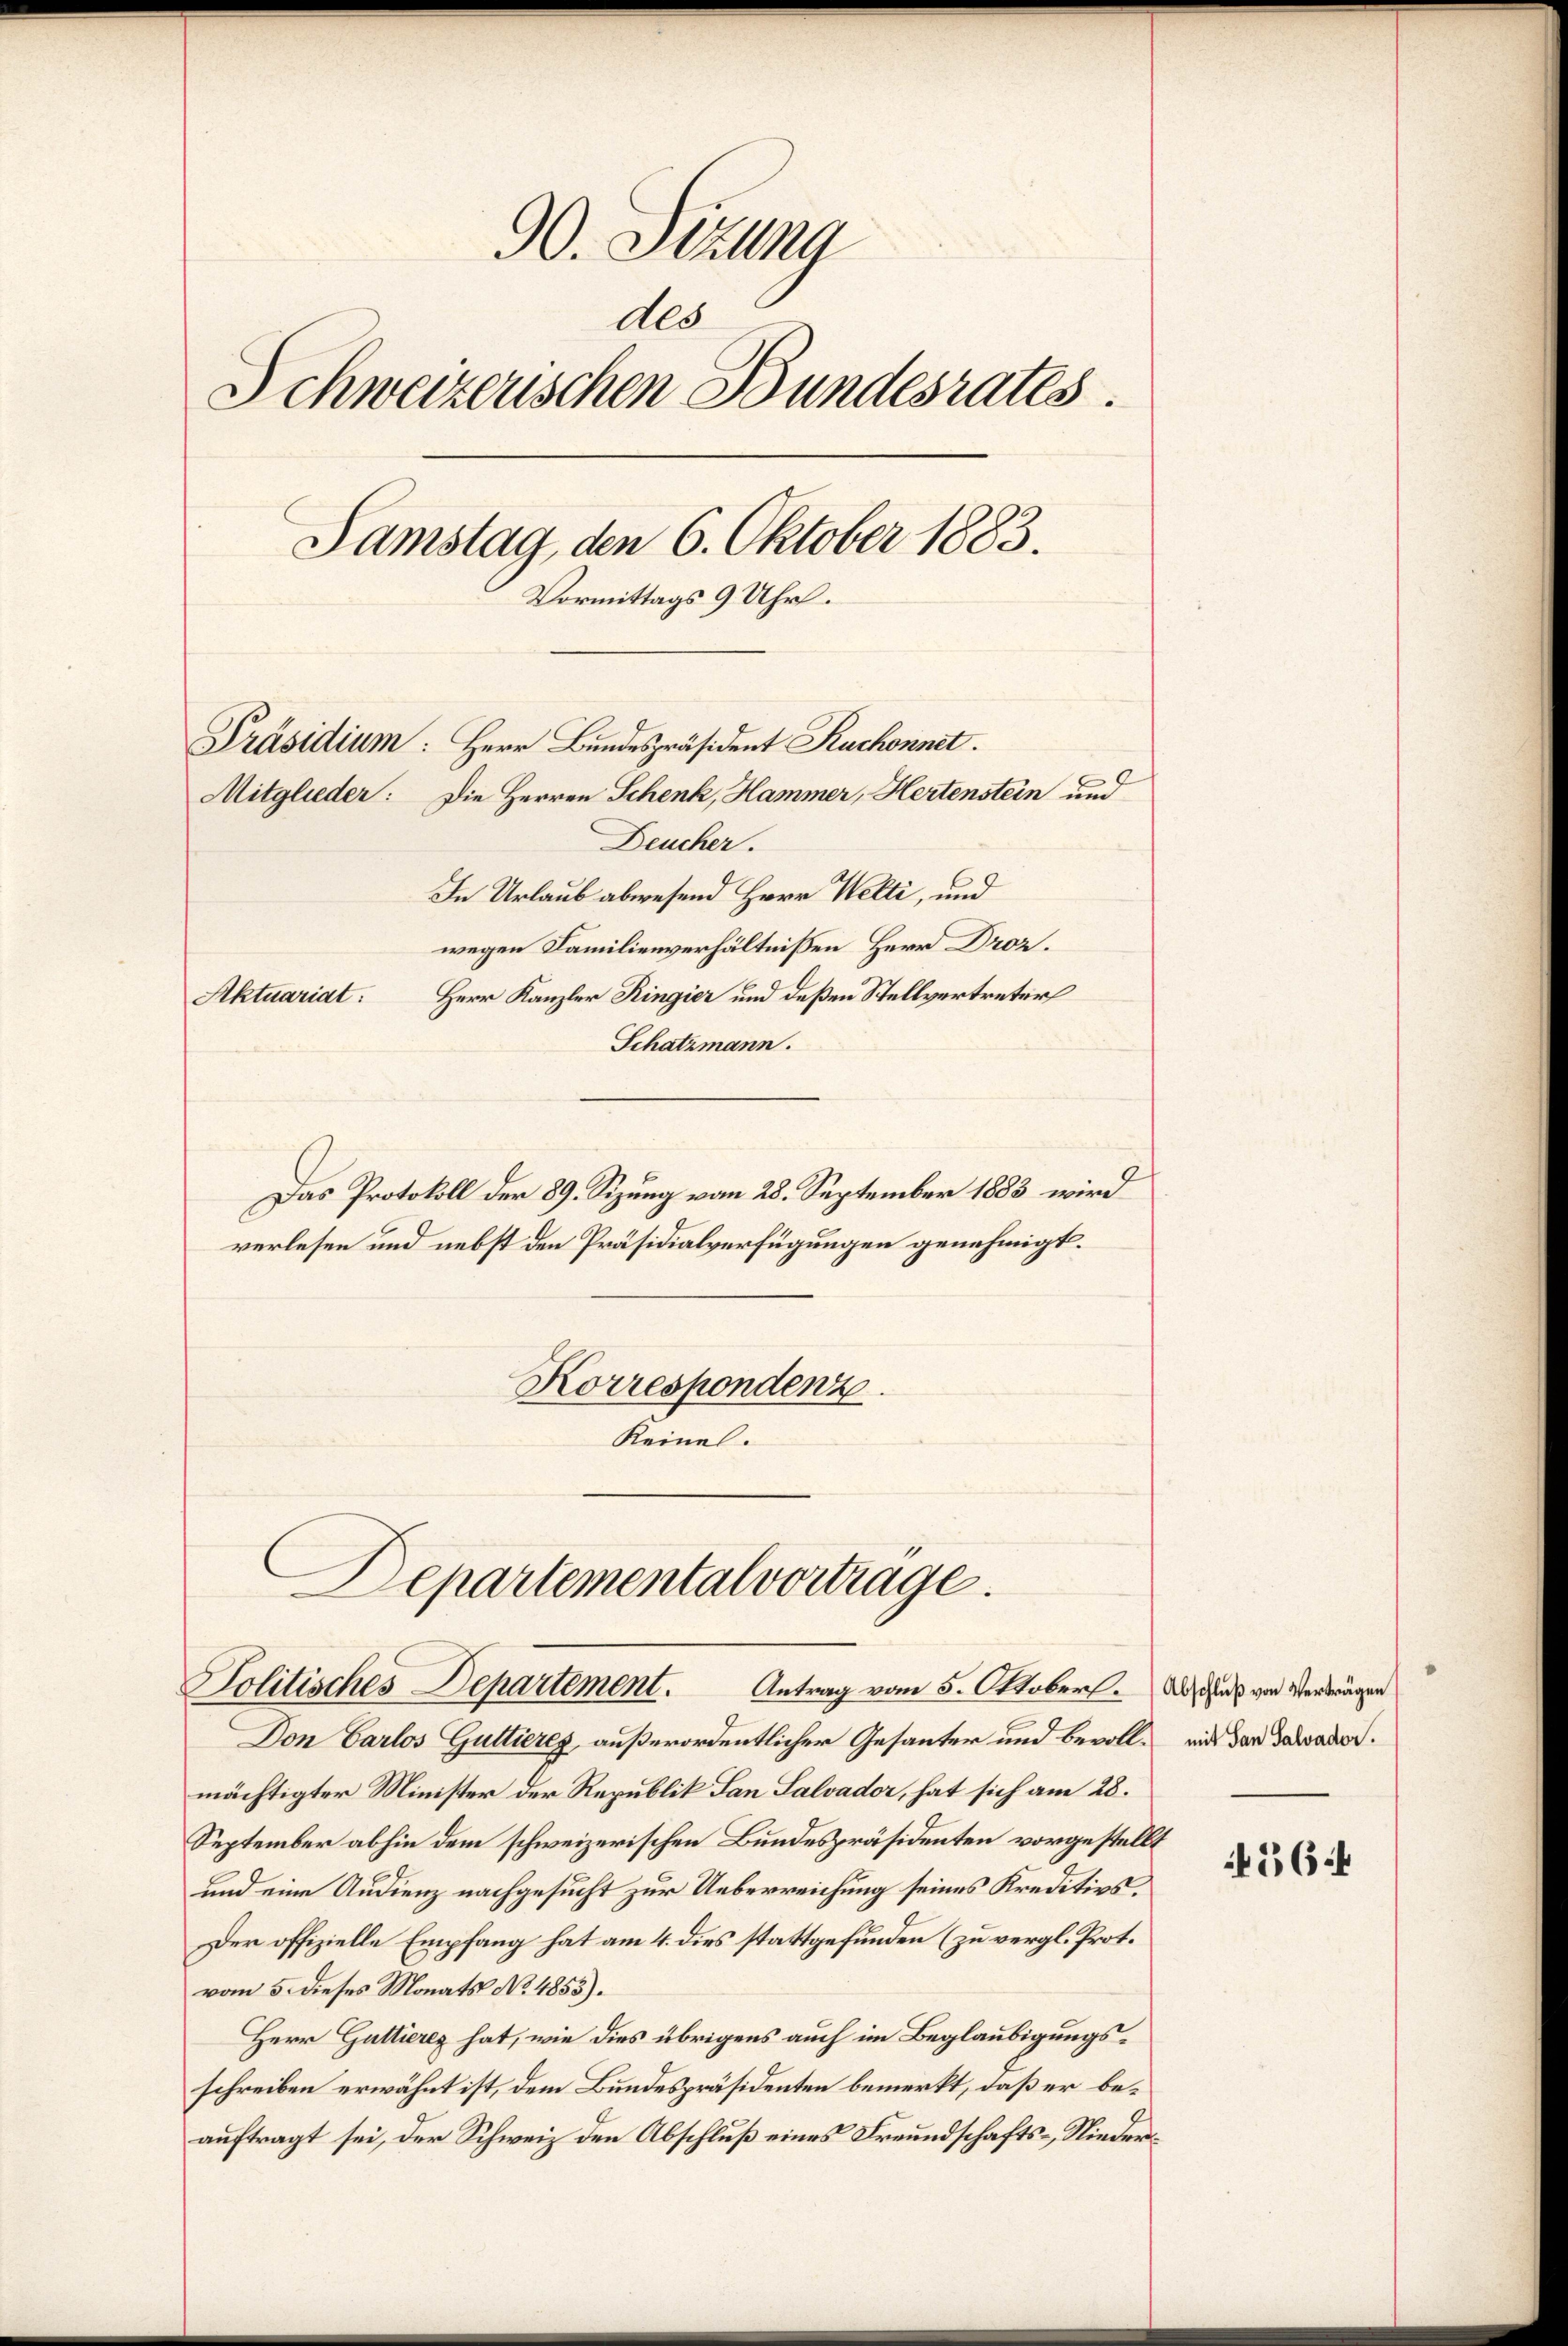
90. Sitzung
ddo
Schweizerischen Bundesrates.
Samstag, den 6. Oktober 1883.
Vormittags 9 Uhr.
Präsidium: Herr Bundespräsident Ruchonnet.
Mitglieder: Die Herren Schenk, Hammer, Hertenstein und
Deucher.
In Urlaub abwesend Herr Welti, und
wegen Familienverhältnißen Herr Droz.
Herr Kanzler Ringier und deßen Stellvertreter
Aktuariat:
Schatzmann.

Das Protokoll der 89. Sizung vom 28. September 1883 wird
verlesen und nebst den Präsidialverfügungen genehmigt.
Korrespondenz
Keine.

Departemental vortrage
Politisches Departement. Antrag vom 5. Oktober. Als von Verträgen

Don Carlos Guttierey, außerordentlicher Gesanter und bevoll mit der Dawador.
mächtigter Minister der Republik San Salvader, hat sich am 28.
September abhin dem schweizerischen Bundespräsidenten vorgestellt
und eine Audienz nachgesucht zur Ueberreichung seines Kreditivs¬
Der offizielle Empfang hat am 4. dies stattgefunden (zu vergl. Prot.
vom 5. dieses Monats No. 4855).
Herr Gattieres hat, wie dies übrigens auch im Beglaubigungsschreiben erwähnt ist, dem Bundespräsidenten bemerkt, daß er beauftragt sei, der Schweiz den Abschluß eines Freundschafts-Nieder¬

564